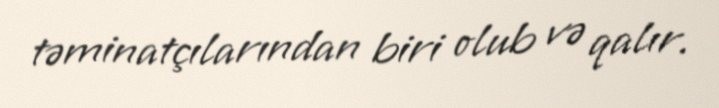
təminatçılarından biri olub və qalır.